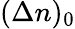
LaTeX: (\Delta{n})_{0}